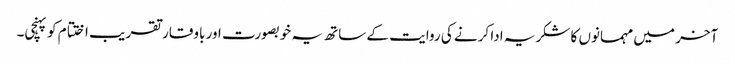
آخر میں مہمانوں کا شکریہ ادا کرنے کی روایت کے ساتھ یہ خوبصورت اور باوقار تقر یب اختتام کو پہنچی۔